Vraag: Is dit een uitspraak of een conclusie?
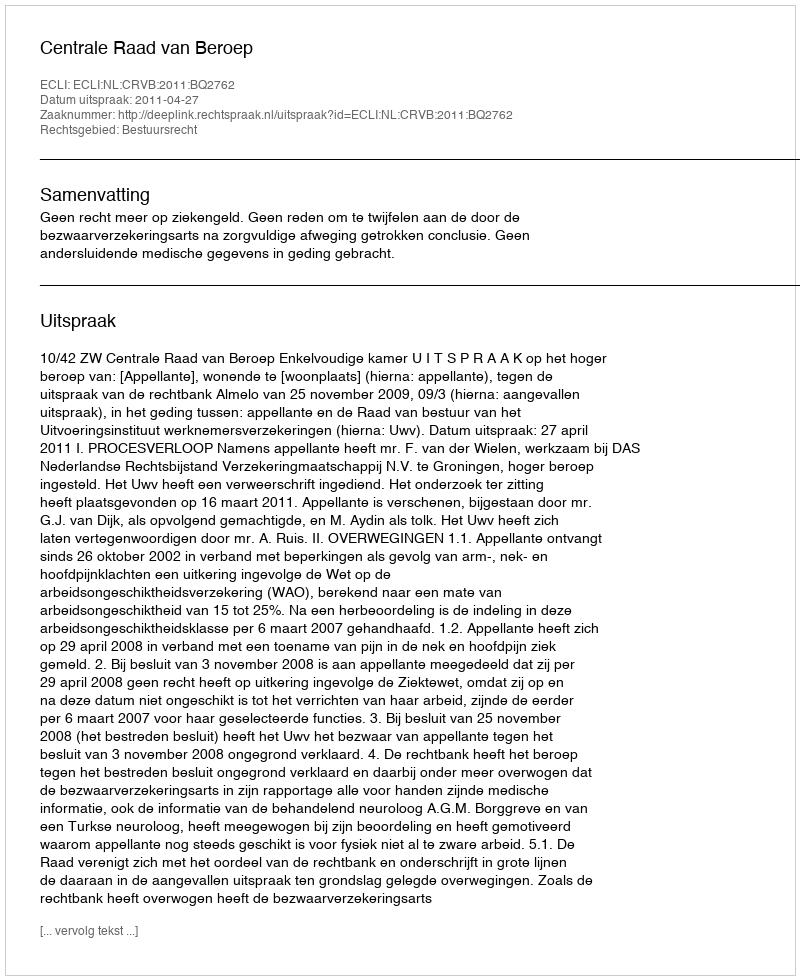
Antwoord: Uitspraak